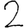
Digit: 2